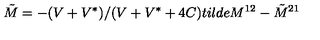
\tilde { M } = - ( V + V ^ { * } ) / ( V + V ^ { * } + 4 C ) t i l d e { M } ^ { 1 2 } - \tilde { M } ^ { 2 1 }